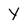
Character: Y